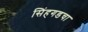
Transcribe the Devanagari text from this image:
सिंहगडचा